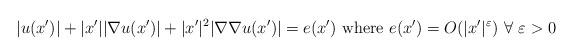
LaTeX: \begin{align*}|u(x')|+|x'||\nabla u(x')|+|x'|^2|\nabla\nabla u(x')|=e(x') \ \textrm{where} \ e(x')=O(|x'|^{\varepsilon}) \ \forall \ \varepsilon>0\end{align*}